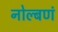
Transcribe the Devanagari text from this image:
नोल्बणं